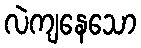
လဲကျနေသော